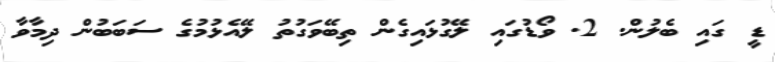
ޑީ ގައި ބެލުން. 2. ވޯޑުގައި ލޭގުޅައިގެން ތިބޭވަގުތު ލޭއެޅުމުގެ ސަބަބުން ދިމާވާ